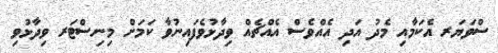
ސްވަޔަރ އެކަމާއި މެދު އަދި އެއްވެސް އެއްޗެއް ވިދާޅުވެފައިނުވާ ކަމަށް މިނިސްޓަރ ވިދާޅުވި